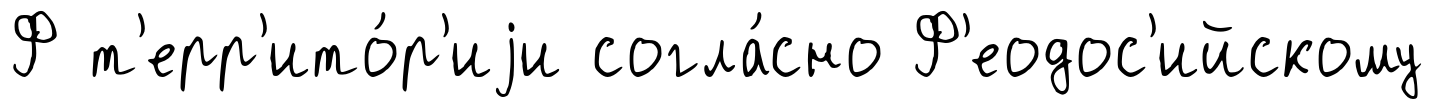
Ф т'ерр'ито́р'иjи согла́сно Ф'еодос'ийскому